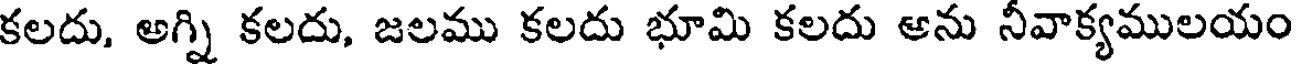
కలదు, అగ్ని కలదు, జలము కలదు భూమి కలదు ఆను నీవాక్యములయం